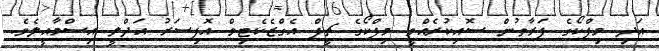
އަދި މިފްކޯގެ ފަރާތުން ސޮއިކުރެއްވީ މިފްކޯގެ ޗީފް އެގްޒެކެޓިވް އޮފިސަރު އަދްލީ އިސްމާއީލެވެ.